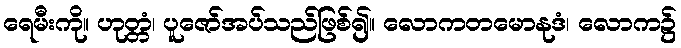
ရေမီးကို။ ဟုတ္တံ၊ ပူဇော်အပ်သည်ဖြစ်၍။ လောကတမောနုဒံ၊ လောက၌